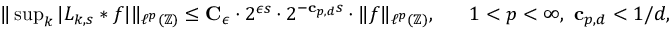
\begin{array} { r } { \| \operatorname* { s u p } _ { k } | L _ { k , s } * f | \| _ { \ell ^ { p } ( \mathbb { Z } ) } \leq \mathbf { C } _ { \epsilon } \cdot 2 ^ { \epsilon s } \cdot 2 ^ { - \mathbf { c } _ { p , d } s } \cdot \| f \| _ { \ell ^ { p } ( \mathbb { Z } ) } , \; \; \; \; \; \; 1 < p < \infty , \ \mathbf { c } _ { p , d } < 1 / d , } \end{array}